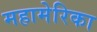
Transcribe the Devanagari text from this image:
महामेरिका